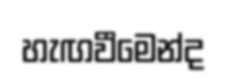
හැඟවීමෙන්ද